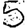
Digit: 5